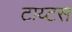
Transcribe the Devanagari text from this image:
टाय्टस